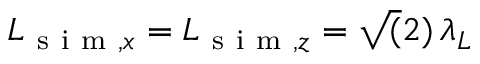
L _ { \mathrm { ~ s ~ i ~ m ~ } , x } = L _ { \mathrm { ~ s ~ i ~ m ~ } , z } = \sqrt ( 2 ) \, \lambda _ { L }